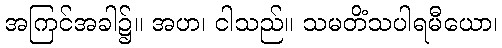
အကြင်အခါ၌။ အဟ၊ ငါသည်။ သမတိံသပါရမီယော၊